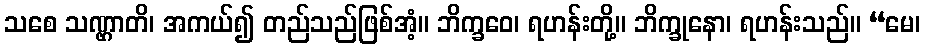
သစေ သဏ္ဌာတိ၊ အကယ်၍ တည်သည်ဖြစ်အံ့။ ဘိက္ခဝေ၊ ရဟန်းတို့။ ဘိက္ခုနော၊ ရဟန်းသည်။ “မေ၊